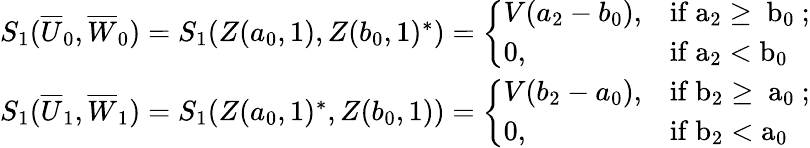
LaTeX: \begin{array}{r}{S_{1}(\overline{{U}}_{0},\overline{{W}}_{0})=S_{1}(Z(a_{0},1),Z(b_{0},1)^{*})=\left\{ \begin{array}{ll}{V(a_{2}-b_{0}),}&{\mathrm{if~a_2\geq~b_0~;}}\\ {0,}&{\mathrm{if~a_2<b_0~}}\end{array}\right.}\\ {S_{1}(\overline{{U}}_{1},\overline{{W}}_{1})=S_{1}(Z(a_{0},1)^{*},Z(b_{0},1))=\left\{ \begin{array}{ll}{V(b_{2}-a_{0}),}&{\mathrm{if~b_2\geq~a_0~;}}\\ {0,}&{\mathrm{if~b_2<a_0~}}\end{array}\right.}\end{array}